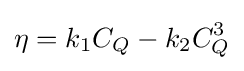
\eta =k_{1}C_{Q}-k_{2}C_{Q}^{3}